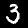
Label: 3